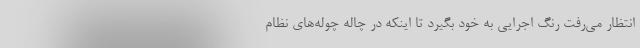
انتظار می‌رفت رنگ اجرایی به خود بگیرد تا اینکه در چاله چوله‌های نظام